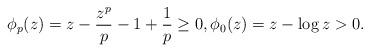
LaTeX: \begin{align*}\phi_p(z)=z-\frac{z^p}{p}-1+\frac{1}{p}\ge 0, \phi_0(z)=z-\log z >0.\end{align*}